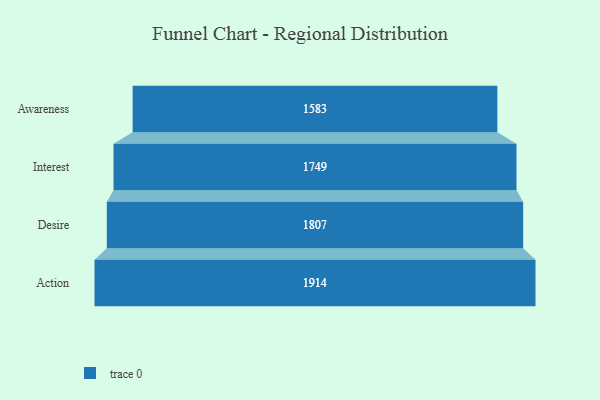
{"axis": {"x": "Stage", "y": "Value"}, "legend": [""], "data": [{"x": "Awareness", "y": 1583.0, "type": ""}, {"x": "Interest", "y": 1749.0, "type": ""}, {"x": "Desire", "y": 1807.0, "type": ""}, {"x": "Action", "y": 1914.0, "type": ""}]}